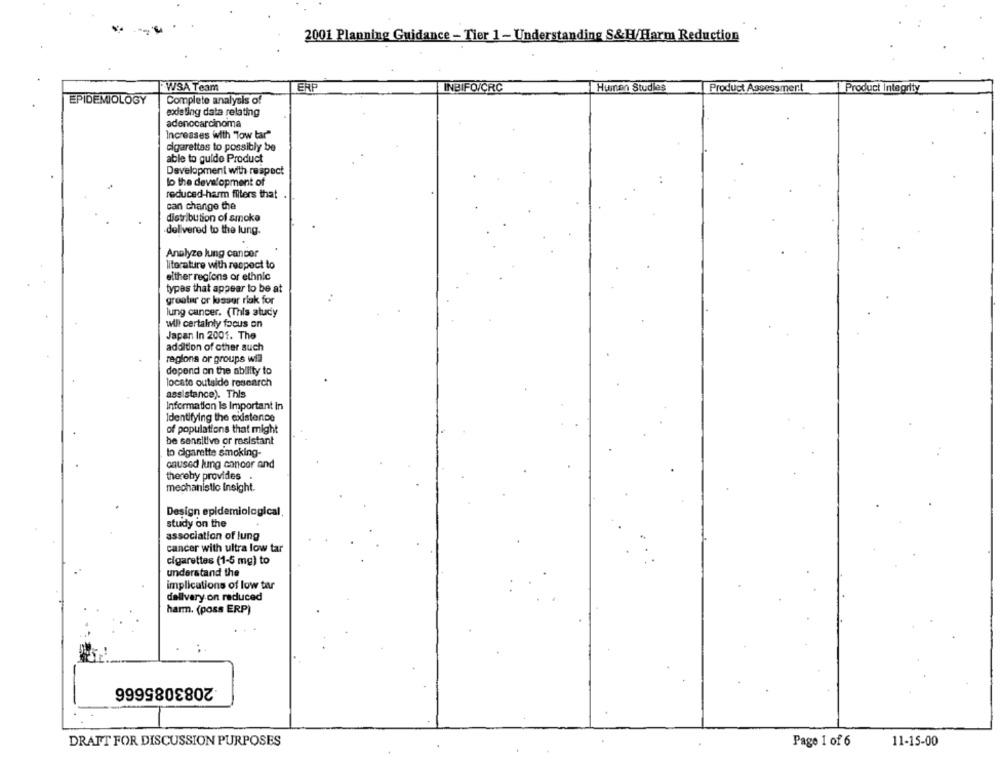
2001 Planning Guidance - Tier 1 - Understanding S&H/Harm Reduction
WSA Team
ERP
INBIFO/CRC
Human Studies
Product Assessment
Product Integrity
EPIDEMIOLOGY
Complete analysis of
modeling data relating
adenocarcinoma
Increases with "Tow tar"
cigarettes to possibly be
able to guido Product
Development with respect
lo the development of
reduced-harm filters that
can change the
distribution of smoke
delivered to the lung.
Analyze lung cancer
literature with respect to
elther regions or ethnic
types that appear to be at
greater or losser rlak for
lung cancer. (This study
will certainly focus on
Japan In 2001. The
addition of other such
regions or groups will
depend on the ablilty to
locate outalde research
assistance). This
Information is Important in
Identifying the existence
of populations that might
be sensitive or resistant
to cigarette smoking-
onused lung cancer and
thereby provides
mechanistic Insight.
Design epidemiological
study on the
association of lung
cancer with ultra low tar
cigarettes (1-5 mg) to
understand the
implications of low tar
dellvary on reduced
harm. (poss ERP)
2083085666
DRAFT FOR DISCUSSION PURPOSES
Page 1 of 6
11-15-00